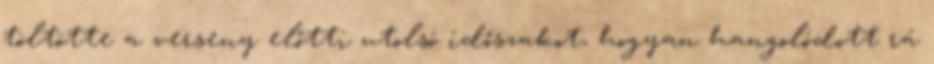
töltötte a verseny előtti utolsó időszakot, hogyan hangolódott rá